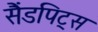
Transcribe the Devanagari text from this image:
सैंडपिट्स